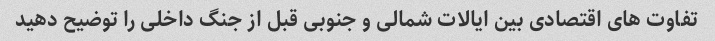
تفاوت های اقتصادی بین ایالات شمالی و جنوبی قبل از جنگ داخلی را توضیح دهید